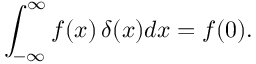
\int _ { - \infty } ^ { \infty } f ( x ) \, \delta ( x ) d x = f ( 0 ) .